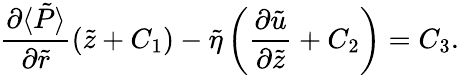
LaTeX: \frac{\partial\langle\tilde{P}\rangle}{\partial\tilde{r}}(\tilde{z}+C_{1})-\tilde{\eta}\left(\frac{\partial\tilde{u}}{\partial\tilde{z}}+C_{2}\right)=C_{3}.